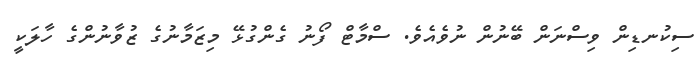
ސިކުނޑިން ވިސްނަން ބޭނުން ނުވެއެވެ. ސްމާޓް ފޯނު ގެންގުޅޭ މިޒަމާނުގެ ޒުވާނުންގެ ހާލަކީ